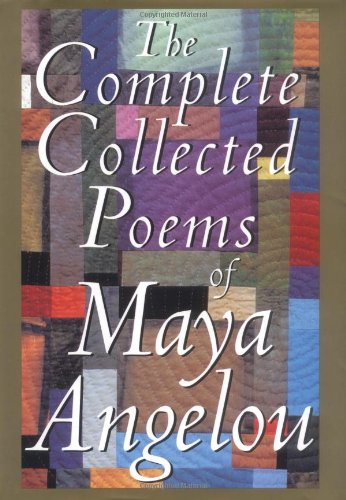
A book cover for The Complete Collected Poems of Maya Angelou; Maya Angelou; Literature & Fiction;